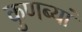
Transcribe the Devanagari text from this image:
कुणब्यां